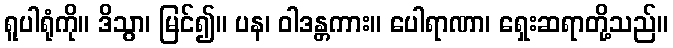
ရူပါရုံကို။ ဒိသွာ၊ မြင်၍။ ပန၊ ဝါဒန္တကား။ ပေါရာဏာ၊ ရှေးဆရာတို့သည်။